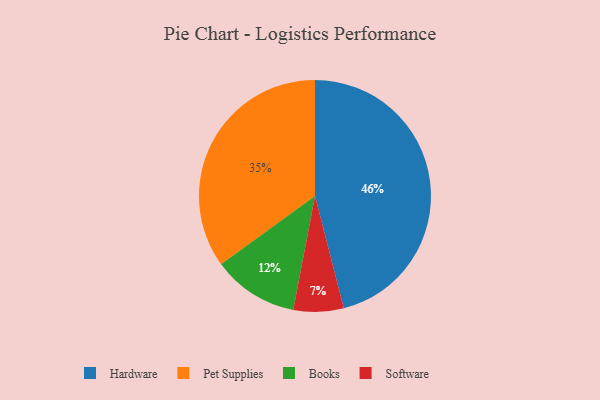
{"axis": {"x": "Category", "y": "Percentage"}, "legend": ["Books", "Hardware", "Pet Supplies", "Software"], "data": [{"x": "Hardware", "y": 46, "type": "Hardware"}, {"x": "Pet Supplies", "y": 35, "type": "Pet Supplies"}, {"x": "Software", "y": 7, "type": "Software"}, {"x": "Books", "y": 12, "type": "Books"}]}